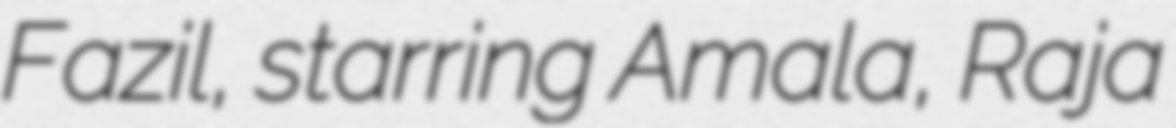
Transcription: Fazil, starring Amala, Raja